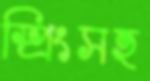
স্প্রিংসহ